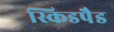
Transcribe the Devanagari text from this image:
स्किडपैड